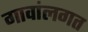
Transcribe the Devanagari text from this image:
गावांलगत